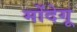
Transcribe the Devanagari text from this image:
मोंदेगू